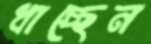
ধাচ্ছেন